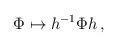
LaTeX: \begin{align*}\Phi \mapsto h^{-1}\Phi h\,,\end{align*}